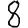
Digit: 8